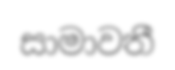
සාමාවතී